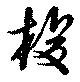
梭